Annual vaccination report of Bihar and Orissa - 1911-1928
Year: 1911
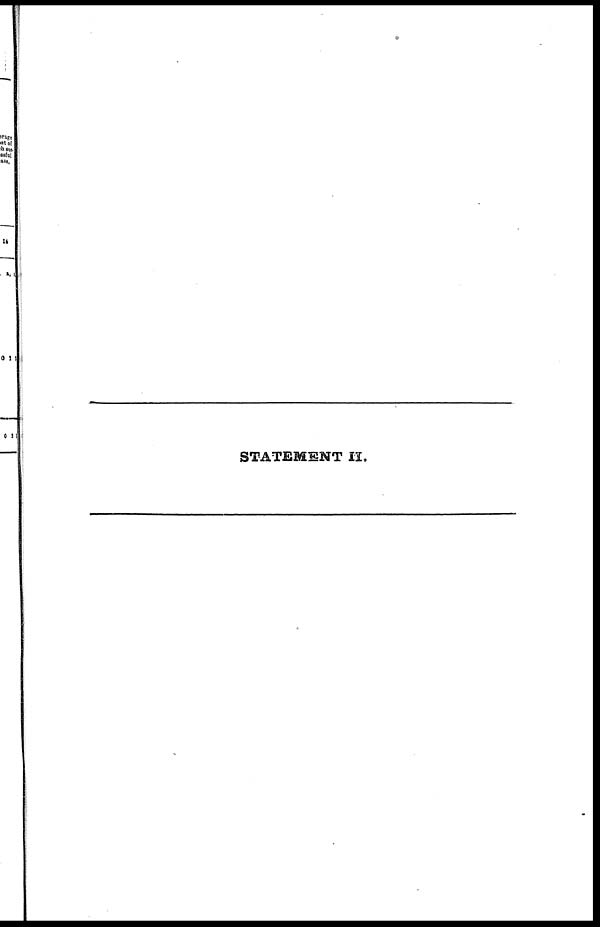
STATEMENT II.